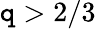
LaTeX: \mathtt{q}>2/3